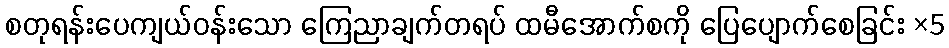
စတုရန်းပေကျယ်ဝန်းသော ကြေညာချက်တရပ် ထမီအောက်စကို ပြေပျောက်စေခြင်း ×5